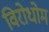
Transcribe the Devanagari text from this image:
विरोधोम